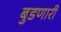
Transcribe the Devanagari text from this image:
बुडणारी